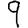
Digit: 9